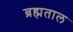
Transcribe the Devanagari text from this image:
ब्रह्मताल